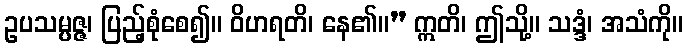
ဥပသမ္ပဇ္ဇ၊ ပြည့်စုံစေ၍။ ဝိဟရတိ၊ နေ၏။” ဣတိ၊ ဤသို့။ သဒ္ဒံ၊ အသံကို။